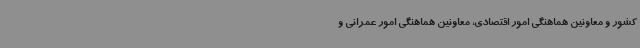
کشور و معاونین هماهنگی امور اقتصادی، معاونین هماهنگی امور عمرانی و